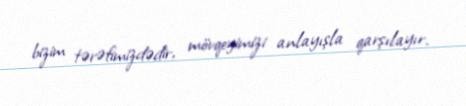
bizim tərəfimizdədir, mövqeyimizi anlayışla qarşılayır.